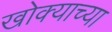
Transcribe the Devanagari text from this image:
खोक्याच्या